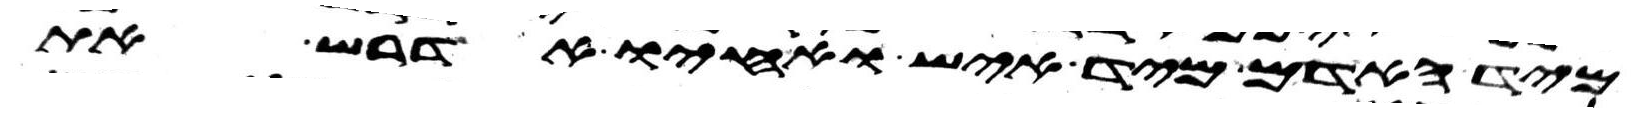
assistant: מיד האדם מיד איש ואחיו אדרש את